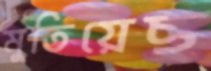
মুতিয়েছ